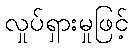
လှုပ်ရှားမှုဖြင့်